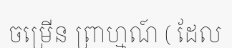
ចម្រើន ព្រាហ្មណ៍ ( ដែល